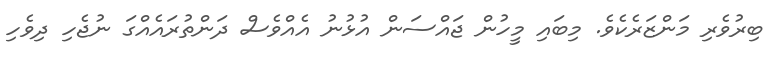
ބިރުވެރި މަންޒަރެކެވެ. މިބައި މީހުން ޖައްސަން އުޅުނު އެއްވެސް ދަންތުރައެއްގަ ނުޖެހި ދިވެހި